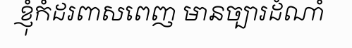
ខ្ញុំកំដរពាសពេញ មានច្បារដំណាំ